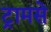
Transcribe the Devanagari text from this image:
ट्रामसे